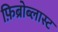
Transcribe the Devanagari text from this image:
फ़िब्रोब्लास्ट